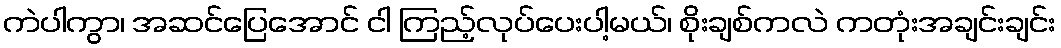
ကဲပါကွာ၊ အဆင်ပြေအောင် ငါ ကြည့်လုပ်ပေးပါ့မယ်၊ စိုးချစ်ကလဲ ကတုံးအချင်းချင်း